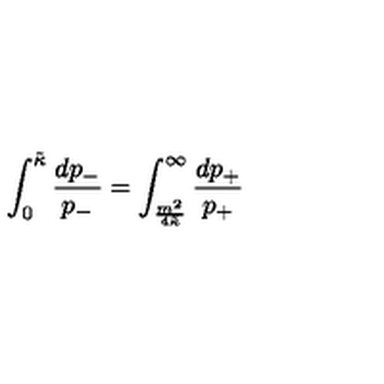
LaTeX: \int _ { 0 } ^ { \tilde { \kappa } } \frac { d p _ { - } } { p _ { - } } = \int _ { \frac { m ^ { 2 } } { 4 \tilde { \kappa } } } ^ { \infty } \frac { d p _ { + } } { p _ { + } }